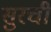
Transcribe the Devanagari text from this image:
सुरची